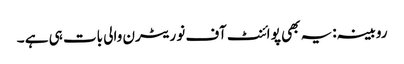
روبینہ:یہ بھی پو ائنٹ آف نو ریٹرن والی بات ہی ہے ۔